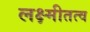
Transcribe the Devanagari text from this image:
लक्ष्मीतत्व